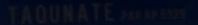
TAQUNATE®340mg